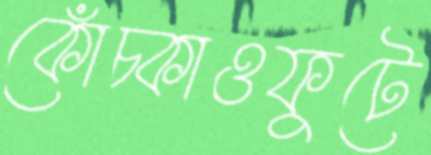
কোঁচ্‌কাওফুটে